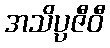
အသိပ္ပဇီဝီ